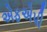
એફએપી